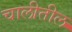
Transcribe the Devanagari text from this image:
चालीतील